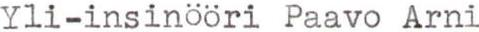
Yli-insinööri Paavo Arni